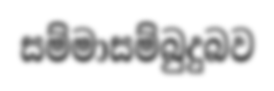
සම්මාසම්බුදුබව